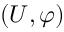
( U , \varphi )